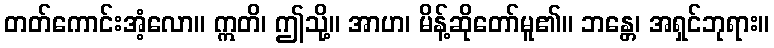
တတ်ကောင်းအံ့လော။ ဣတိ၊ ဤသို့။ အာဟ၊ မိန့်ဆိုတော်မူ၏။ ဘန္တေ၊ အရှင်ဘုရား။